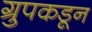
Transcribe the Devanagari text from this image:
ग्रुपकडून